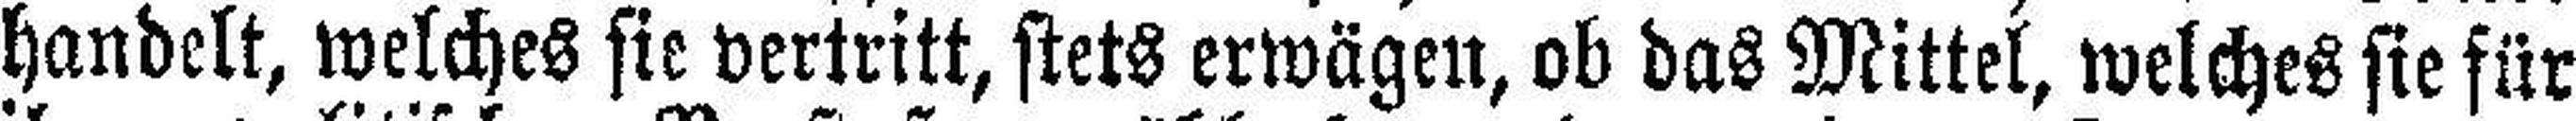
handelt, welches sie vertritt, stets erwägen, ob das Mittel, welches sie für